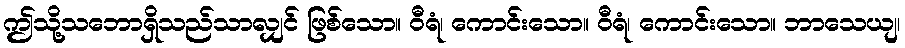
ဤသို့သဘောရှိသည်သာလျှင် ဖြစ်သော။ ဝီရံ၊ ကောင်းသော။ ဝီရံ၊ ကောင်းသော။ ဘာသေယျ၊